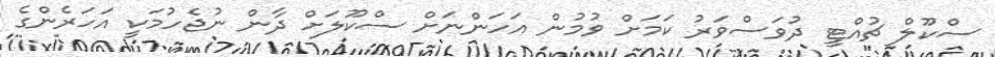
ސްކޫލް ޗުއްޓީ ދުވަސްވަރު ކަމަށް ވުމުން އަހަންނަށް ސްކޫލަށް ދާން ނުޖެހުމަކީ އަހަރެންގެ